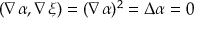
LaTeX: ( \nabla \alpha , \nabla \xi ) = ( \nabla \alpha ) ^ { 2 } = \Delta \alpha = 0